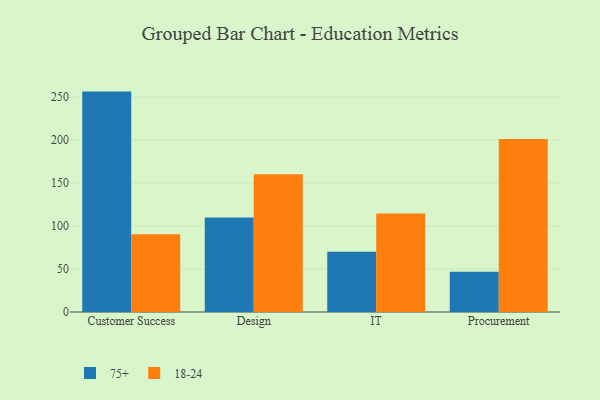
{"axis": {"x": "Department", "y": "Shipments"}, "legend": ["18-24", "75+"], "data": [{"x": "Customer Success", "y": 256.5, "type": "75+"}, {"x": "Customer Success", "y": 90.6, "type": "18-24"}, {"x": "Design", "y": 110.0, "type": "75+"}, {"x": "Design", "y": 160.3, "type": "18-24"}, {"x": "IT", "y": 70.2, "type": "75+"}, {"x": "IT", "y": 114.6, "type": "18-24"}, {"x": "Procurement", "y": 46.7, "type": "75+"}, {"x": "Procurement", "y": 201.4, "type": "18-24"}]}